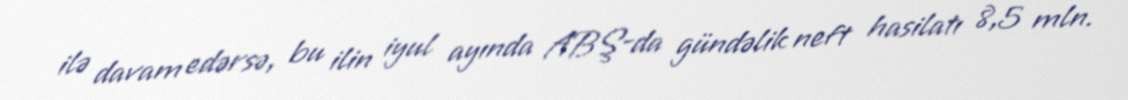
ilə davam edərsə, bu ilin iyul ayında ABŞ-da gündəlik neft hasilatı 8,5 mln.